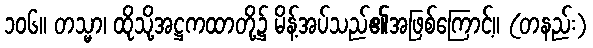
၁၀၆။ တသ္မာ၊ ထိုသို့အဋ္ဌကထာတို့၌ မိန့်အပ်သည်၏အဖြစ်ကြောင့်။ (တနည်း)